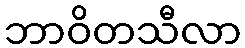
ဘာဝိတသီလာ